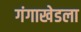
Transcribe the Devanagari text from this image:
गंगाखेडला